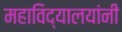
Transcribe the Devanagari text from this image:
महाविद्यालयांनी